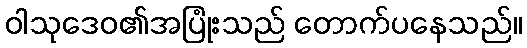
ဝါသုဒေဝ၏အပြုံးသည် တောက်ပနေသည်။